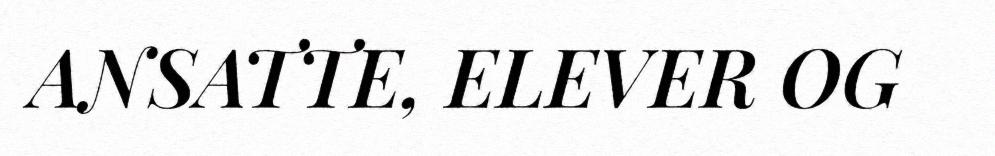
ANSATTE, ELEVER OG